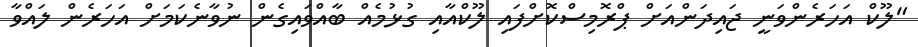
"ލޫކް އަހަރެންވަނީ ޖައިދަންއަށް ޕްރޮމިސްކޮށްފައި ލޫކްއާއި ގުޅުމެއް ބާއްވައިގެން ނުވާނެކަމަށް އަހަރެން ލައްވާ